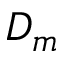
D _ { m }